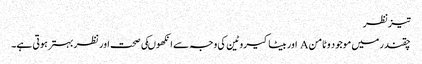
تیزنظر
چقندر میں موجود وٹامن A اور بیٹاکیروٹین کی وجہ سے انکھوںکی صحت اور نظر بہترہوتی ہے۔